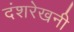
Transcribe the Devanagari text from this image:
दंशरेखनी